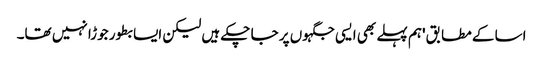
اسا کے مطابق 'ہم پہلے بھی ایسی جگہوں پر جا چکے ہیں لیکن ایسا بطور جوڑا نہیں تھا۔